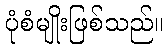
ပုံစံမျိုးဖြစ်သည်။